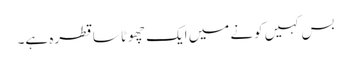
بس کہیں کونے میں ایک چھوٹا سا قطرہ ہے۔